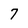
Character: 7